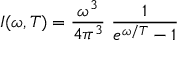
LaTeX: I ( \omega , T ) = { \frac { \omega ^ { 3 } } { 4 \pi ^ { 3 } } } ~ { \frac { 1 } { e ^ { \omega / T } - 1 } }